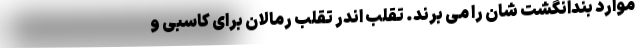
موارد بندانگشت شان را می بُرند. تقلب اندر تقلب رمالان برای کاسبی و